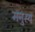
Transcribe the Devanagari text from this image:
मनुस्य